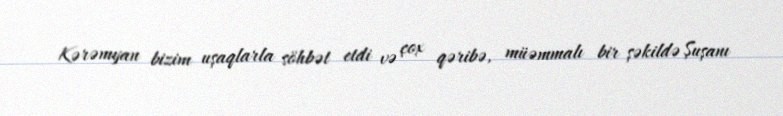
Kərəmyan bizim uşaqlarla söhbət etdi və çox qəribə, müəmmalı bir şəkildə Şuşanı